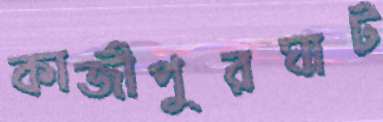
কাজীপুরঘাট